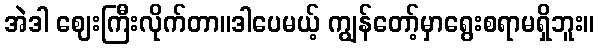
အဲဒါ ဈေးကြီးလိုက်တာ။ဒါပေမယ့် ကျွန်တော့်မှာရွေးစရာမရှိဘူး။